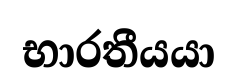
භාරතීයයා